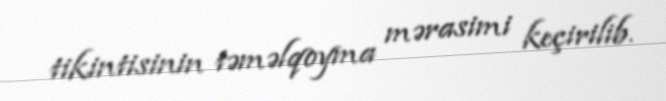
tikintisinin təməlqoyma mərasimi keçirilib.